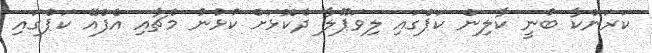
ކަރަންކާ ބުނީ ކާލިން ކަޕްގައި ލިވަޕޫލާ ދެކޮޅަށް ކުޅުނު މެޗާއި އެފްއޭ ކަޕްގައި